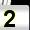
Digit: 2